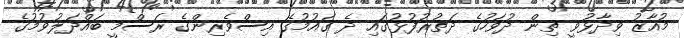
މުއާޒު ވިދާޅުވީ ތިން ދުވަހުގެ ދަތުރުފުޅުގައި ދެ ގައުމުގެ އިސްވެރިންގެ ރަސްމީ ބައްދަލުވުމުގެ